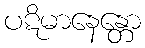
ပဋိမာနေန္တော